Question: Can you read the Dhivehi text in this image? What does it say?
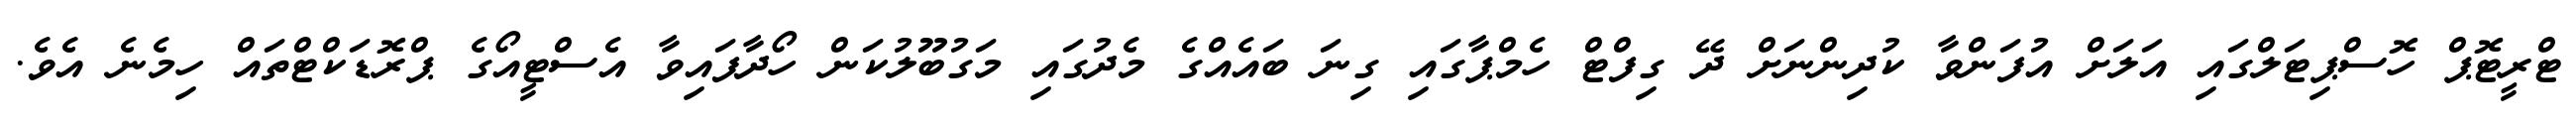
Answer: ޓްރީޓޮޕް ހޮސްޕިޓަލްގައި އަލަށް އުފަންވާ ކުދިންނަށް ދޭ ގިފްޓް ހެމްޕާގައި ގިނަ ބައެއްގެ މެދުގައި މަގުބޫލުކަން ހޯދާފައިވާ އެސްޓީއޯގެ ޕްރޮޑަކްޓްތައް ހިމެނެ އެވެ.